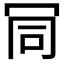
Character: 𠖄